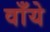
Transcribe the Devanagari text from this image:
वाँये